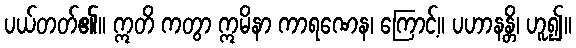
ပယ်တတ်၏။ ဣတိ ကတွာ ဣမိနာ ကာရဏေန၊ ကြောင့်။ ပဟာနန္တိ၊ ဟူ၍။